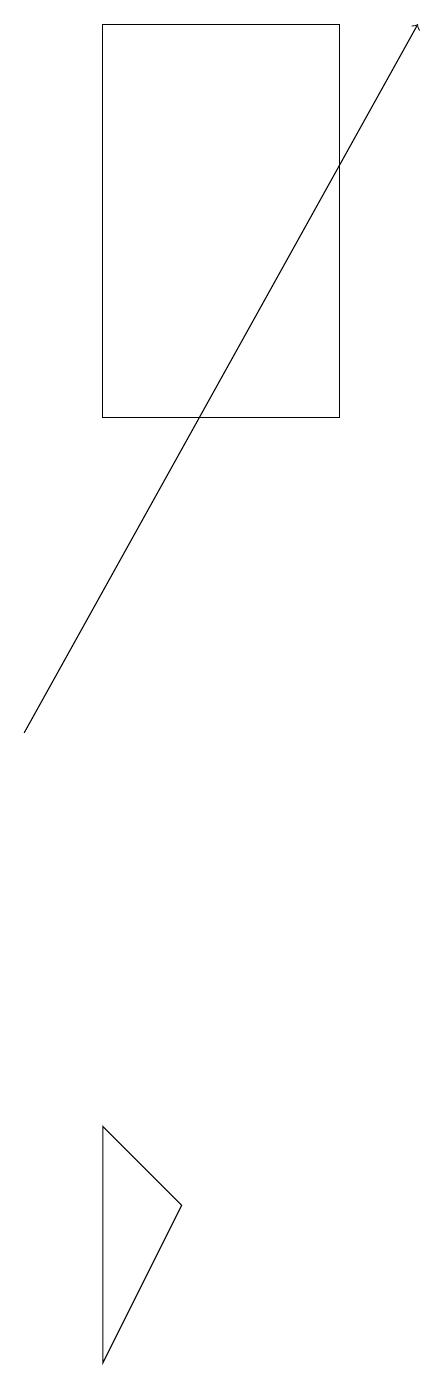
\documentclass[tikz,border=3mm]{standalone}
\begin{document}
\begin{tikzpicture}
\draw (5,19) rectangle (2,14);
\draw[->] (1,10) -- (6,19);
\draw (2,2) -- (3,4) -- (2,5) -- cycle;
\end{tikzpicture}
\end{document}